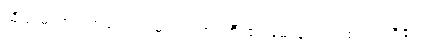
ထိုကျမ်းတွင် အလောင်းမင်းတရားကြီး၏ မေးချက် တစ်ရပ်ပါရှိ၏။